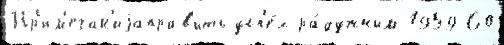
Пр'им'ечан'иjаправ'ить усп'е́х ра́дужным 1959-60